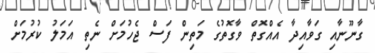
ގާނޫނާއި ގަވާއިދާ އެއްގޮތް ވާގޮތުގެ މަތިން ފަސް ޖެހުމަށް ނެތި އަމަލު ކުރުމަށް